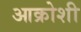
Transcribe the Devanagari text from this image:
आक्रोशी